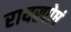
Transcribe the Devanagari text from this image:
रायस्पोषं